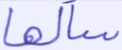
سألها